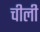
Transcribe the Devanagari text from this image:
चीली